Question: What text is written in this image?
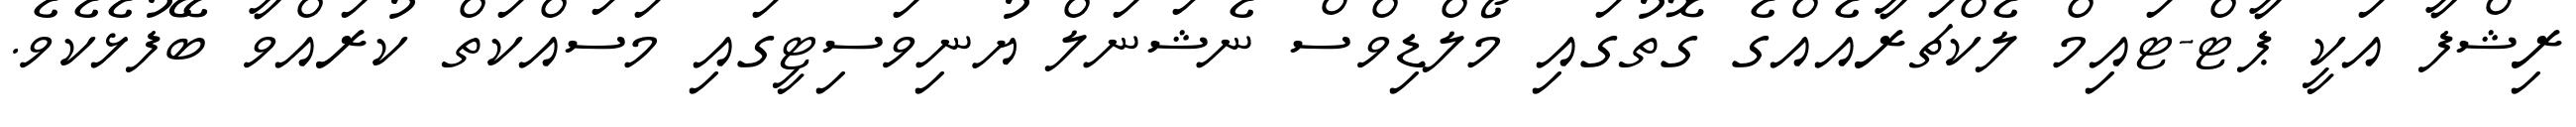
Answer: ރިޝްފާ އަކީ ޕާޓް-ޓައިމް ލެކްޗަރާއެއްގެ ގޮތުގައި މޯލްޑިވްސް ނެޝަނަލް ޔުނިވަސިޓީގައި މަސައްކަތް ކުރައްވާ ބޭފުޅެކެވެ.